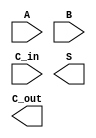
/*
    CS/ECE 552 Spring '19
    Homework #3, Problem 2
    
    a 1-bit full adder
*/
module fullAdder_1b(A, B, C_in, S, C_out);
    input  A, B;
    input  C_in;
    output S;
    output C_out;

    // YOUR CODE HERE

endmodule